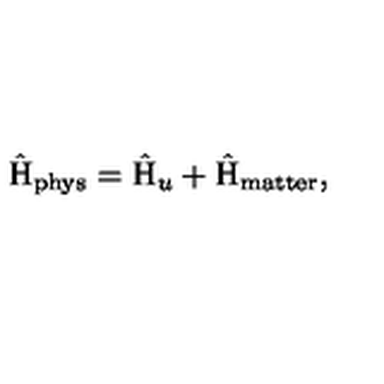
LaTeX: \hat { \mathrm { H } } _ { \mathrm { p h y s } } = \hat { \mathrm { H } } _ { u } + \hat { \mathrm { H } } _ { \mathrm { m a t t e r } } ,